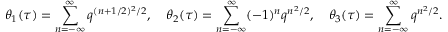
\theta _ { 1 } ( \tau ) = \sum _ { n = - \infty } ^ { \infty } q ^ { ( n + 1 / 2 ) ^ { 2 } / 2 } , \quad \theta _ { 2 } ( \tau ) = \sum _ { n = - \infty } ^ { \infty } ( - 1 ) ^ { n } q ^ { n ^ { 2 } / 2 } , \quad \theta _ { 3 } ( \tau ) = \sum _ { n = - \infty } ^ { \infty } q ^ { n ^ { 2 } / 2 } .